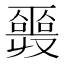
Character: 𠮎